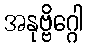
အနုဗ္ဗိဂ္ဂေါ